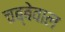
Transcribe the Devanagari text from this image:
चब्बेवाल